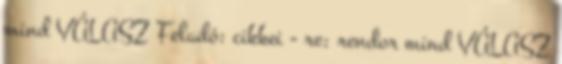
mind VÁLASZ Feladó: cikkei - re: rendor mind VÁLASZ